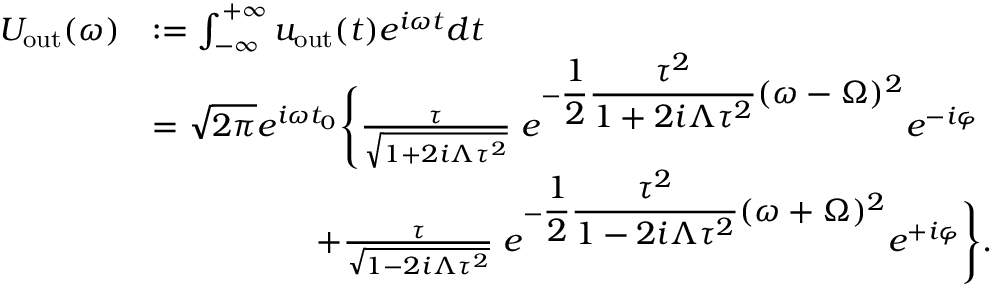
\begin{array} { r l } { U _ { \mathrm { o u t } } ( \omega ) } & { : = \int _ { - \infty } ^ { + \infty } u _ { \mathrm { o u t } } ( t ) e ^ { i \omega t } d t } \\ & { = \sqrt { 2 \pi } e ^ { i \omega t _ { 0 } } \Bigg \{ \frac { \tau } { \sqrt { 1 + 2 i \Lambda \tau ^ { 2 } } } \; e ^ { - \displaystyle \frac { 1 } { 2 } \frac { \tau ^ { 2 } } { 1 + 2 i \Lambda \tau ^ { 2 } } ( \omega - \Omega ) ^ { 2 } } e ^ { - i \varphi } } \\ & { \quad \quad \quad \quad \quad + \frac { \tau } { \sqrt { 1 - 2 i \Lambda \tau ^ { 2 } } } \; e ^ { - \displaystyle \frac { 1 } { 2 } \frac { \tau ^ { 2 } } { 1 - 2 i \Lambda \tau ^ { 2 } } ( \omega + \Omega ) ^ { 2 } } e ^ { + i \varphi } \Bigg \} . } \end{array}